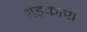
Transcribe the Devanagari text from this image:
भड़काए।